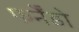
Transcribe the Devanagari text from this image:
फर्नैंडो